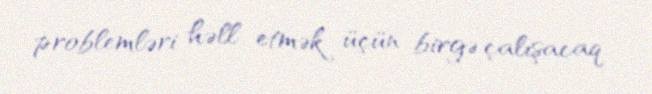
problemləri həll etmək üçün birgə çalışacaq.